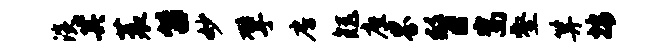
淡其蓑笛妙擘房矩座界瞥嵩壑算按